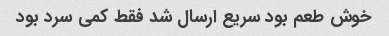
خوش طعم بود سریع ارسال شد فقط کمی سرد بود